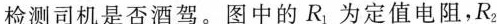
检测司机是否酒驾。图中的R_{1}为定值电阻，R_{2}